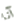
آنا